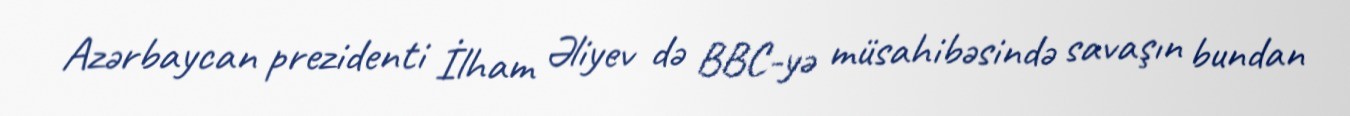
Azərbaycan prezidenti İlham Əliyev də BBC-yə müsahibəsində savaşın bundan